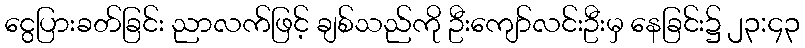
ငွေပြားခတ်ခြင်း ညာလက်ဖြင့် ချစ်သည်ကို ဦးကျော်လင်းဦးမှ နေခြင်း၌ ၂၃:၄၃